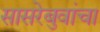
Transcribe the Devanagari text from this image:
सासरेबुवांचा